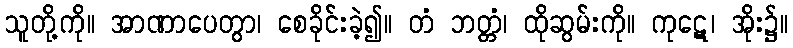
သူတို့ကို။ အာဏာပေတွာ၊ စေခိုင်းခဲ့၍။ တံ ဘတ္တံ၊ ထိုဆွမ်းကို။ ကုဋေ၊ အိုး၌။